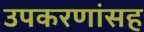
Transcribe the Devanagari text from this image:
उपकरणांसह